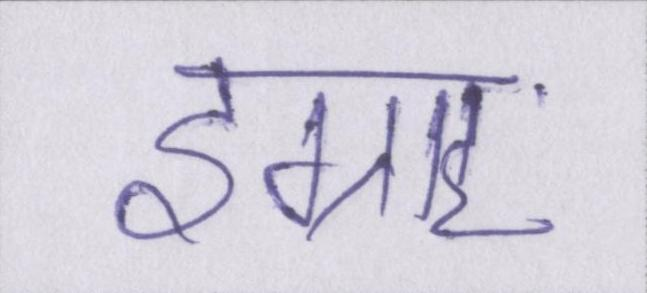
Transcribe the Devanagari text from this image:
इग्राह